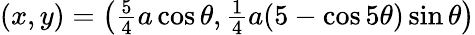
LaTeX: \begin{array}{r}{(x,y)=\left(\frac{5}{4}a\cos{\theta},\frac{1}{4}a(5-\cos{5\theta})\sin{\theta}\right)}\end{array}